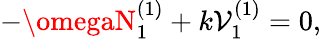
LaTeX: -\omegaN_{1}^{(1)}+k\mathcal{V}_{1}^{(1)}=0,